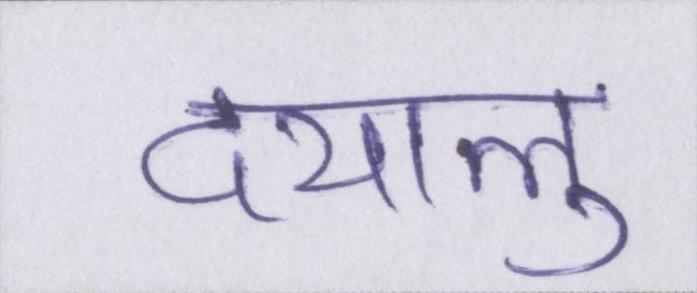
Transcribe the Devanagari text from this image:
दयालु